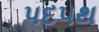
પદપથ